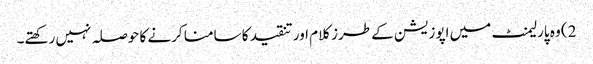
2) وہ پارلیمنٹ میں اپوزیشن کے طرز کلام اور تنقید کا سامنا کرنے کا حوصلہ نہیں رکھتے۔